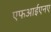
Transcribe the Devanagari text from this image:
एफआईएनए